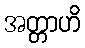
အတ္တာဟိ